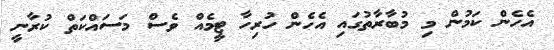
އެހެން ކަމުން މި މުބާރާތުގައި އެހެން ހުރިހާ ޓީމެއް ވެސް މަސައްކަތް ކުރާނީ